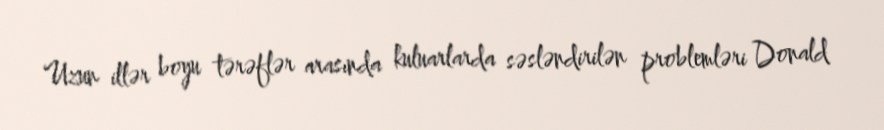
Uzun illər boyu tərəflər arasında kuluarlarda səsləndirilən problemləri Donald